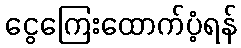
ငွေကြေးထောက်ပံ့ရန်